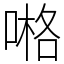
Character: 𠺝